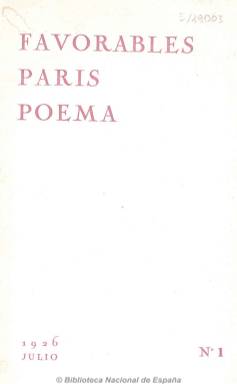
Título: Favorables París poema
Colección: Literatura
Ámbito geográfico: Francia
Lugar de publicación: Paris
Fechas: 01/07/1926-31/10/1926

Revista vanguardista de poesía fundada y editada por el denominado “místico” de la generación 27 Juan Larrea (1895-1980) y su amigo el poeta peruano César Vallejo (1892-1938) durante su estancia en París. De vida efímera y periodicidad trimestral, sólo edito los dos primeros números, fechados en julio y octubre de 1926. Además de artículos literarios firmados por los ya citados, incluye poemas de Gerardo Diego, Tristán Tzara, Vicente Huidobro, Pablo Neruda, Juan Gris y Pierre Reverdy. Al final del segundo número aparece un listado de las colaboraciones rechazadas pertenecientes, entre otros, a Azorín, Gabriela Mistral o Ramón Pérez de Ayala. De 20 páginas cada número, fue estampada en la Imprenta Española Aurora de la capital francesa.